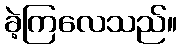
ခဲ့ကြလေသည်။